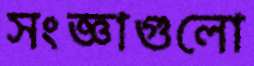
সংজ্ঞাগুলো